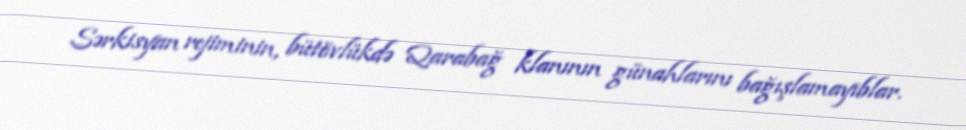
Sərkisyan rejiminin, bütövlükdə Qarabağ klanının günahlarını bağışlamayıblar.